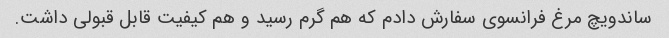
ساندویچ مرغ فرانسوی سفارش دادم که هم گرم رسید و هم کیفیت قابل قبولی داشت.